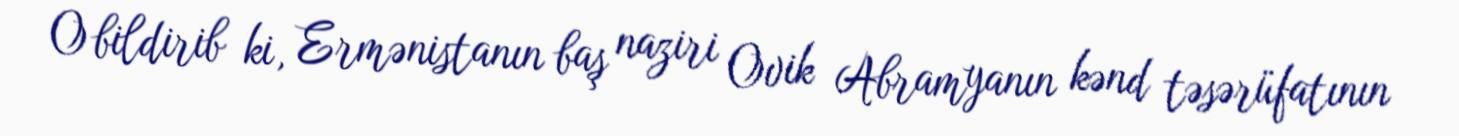
O bildirib ki, Ermənistanın baş naziri Ovik Abramyanın kənd təsərüfatının